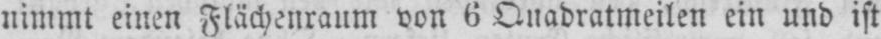
nimmt einen Flächenraum von 6 Quadratmeilen ein und ist